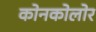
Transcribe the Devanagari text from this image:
कोनकोलोर